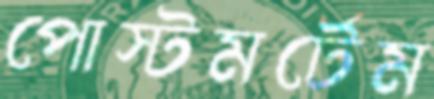
পোস্টমর্টেম